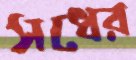
সধের